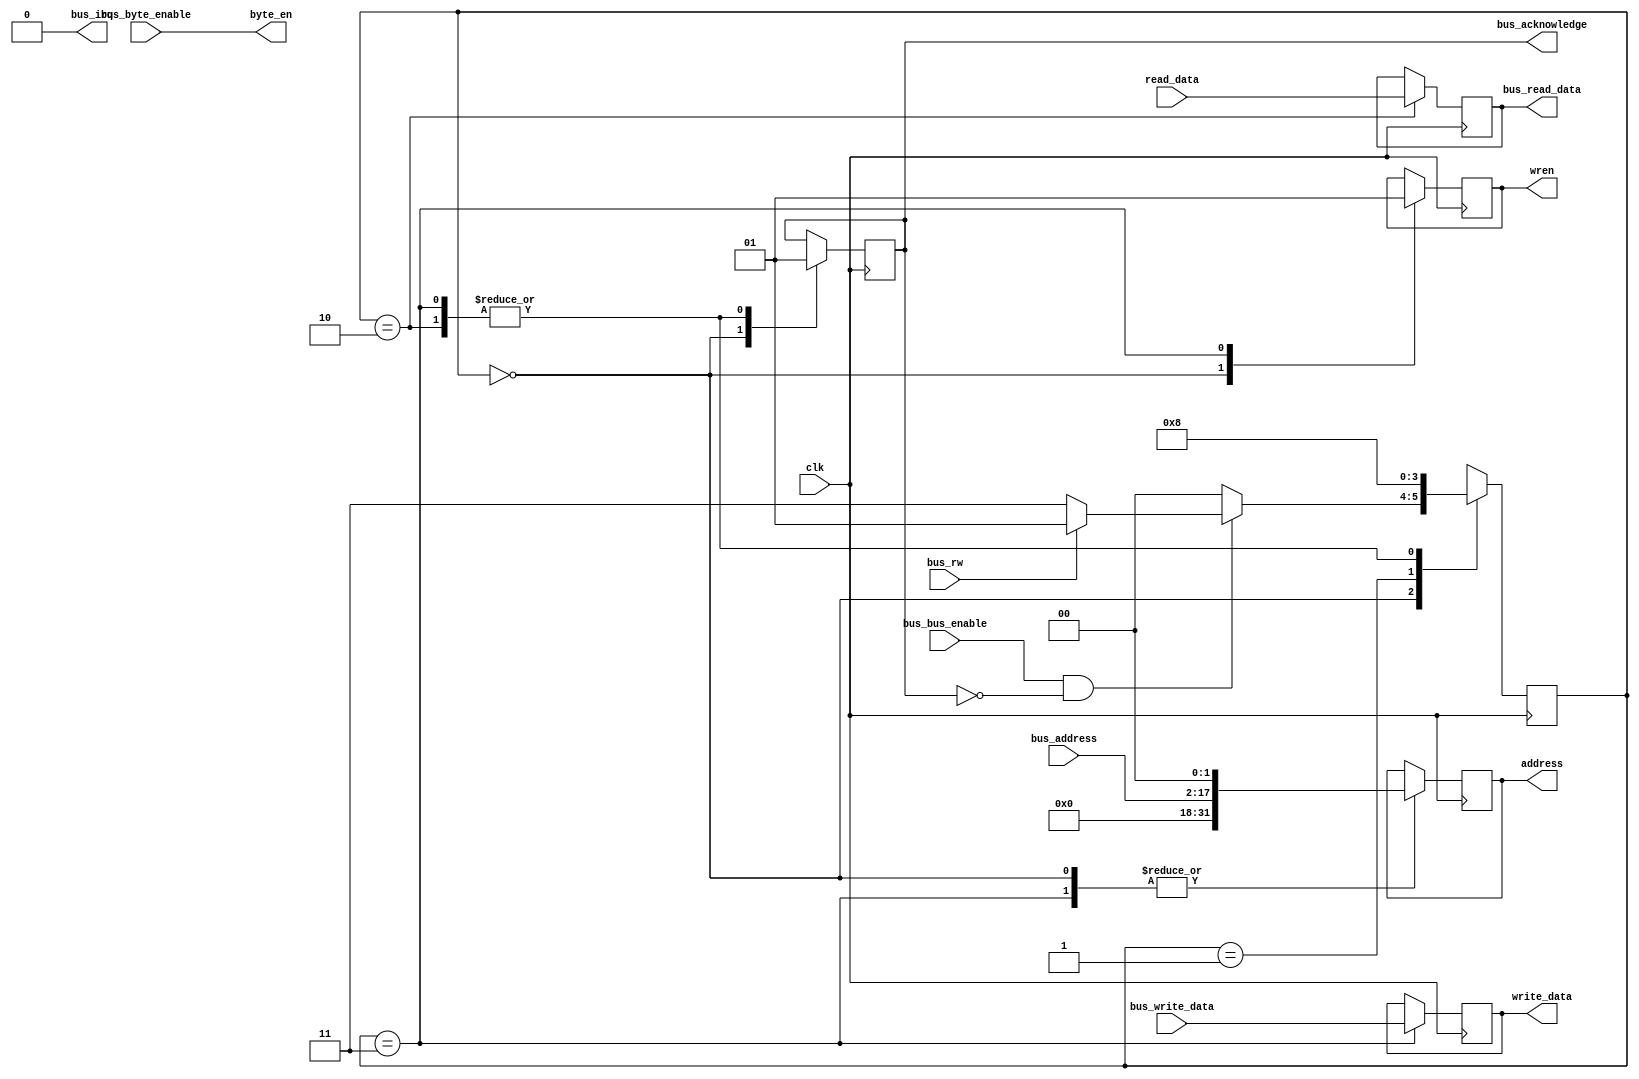
`define ST_IDDLE 2'b00
`define ST_READ1 2'b01
`define ST_READ2 2'b10
`define ST_WRITE 2'b11

module memory_access_32(
	clk,
	bus_acknowledge,                  
	bus_irq,                          
	bus_address,                     
	bus_bus_enable,                   
	bus_byte_enable,                  
	bus_rw,                          
	bus_write_data,                   
	bus_read_data,
	address,
	read_data,
	write_data,
	byte_en,
	wren
);

	input  wire 		  clk;
	output reg          bus_acknowledge;                  
	output wire         bus_irq;                          
	input  wire [15:0]  bus_address;                     
	input  wire         bus_bus_enable;                   
	input  wire [3:0]   bus_byte_enable;                  
	input  wire         bus_rw;                         
	input  wire [31:0]  bus_write_data;                   
	output reg  [31:0]  bus_read_data;
	output reg  [31:0]  address;
	input  wire [31:0]  read_data;
	output reg  [31:0]  write_data;
	output wire [3:0]   byte_en;
	output reg          wren;

	reg [1:0] state;
	
	assign bus_irq = 0;
	assign byte_en = bus_byte_enable;
	
	always @(posedge(clk)) begin
		case(state)
			`ST_IDDLE: begin
				wren <= 1'b0;
				bus_acknowledge <= 1'b0;
				address <= {14'b0, bus_address, 2'b0};
				// bus_enable is high when data on bus is valid
				if((bus_bus_enable == 1'b1) && (bus_acknowledge == 1'b0)) begin
					if(bus_rw == 1'b0) begin
						state <= `ST_WRITE;
					end else begin
						state <= `ST_READ1;
					end
				end else begin
					state <= `ST_IDDLE;
				end
			end
			
			`ST_READ1: begin
				// This state is only used to add latency and let the value be
				// retrieved from the memory
				state <= `ST_READ2;
			end
			
			`ST_READ2: begin
				bus_acknowledge <= 1'b1;
				bus_read_data   <= read_data;
				state <= `ST_IDDLE;
			end
			
			`ST_WRITE: begin
				bus_acknowledge <= 1'b1;
				wren <= 1'b1;
				write_data <= bus_write_data;
				address    <= {14'b0, bus_address, 2'b0};
				state <= `ST_IDDLE;
			end
		endcase
	end

endmodule